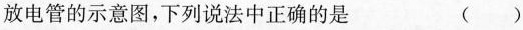
放电管的示意图，下列说法中正确的是 ( )